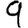
Digit: 9